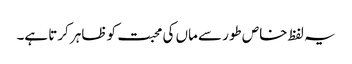
یہ لفظ خاص طور سے ماں کی محبت کو ظاہر کرتا ہے۔